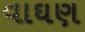
વાઘણ